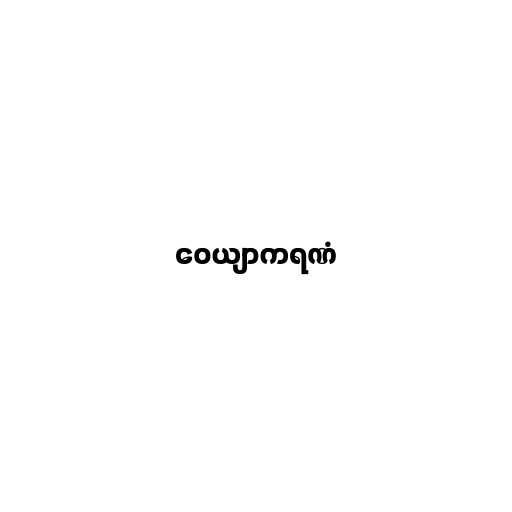
ဝေယျာကရဏံ